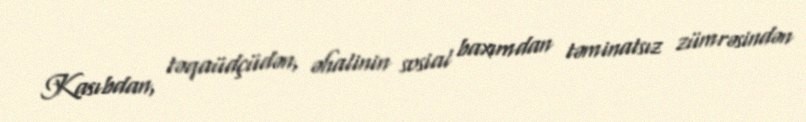
Kasıbdan, təqaüdçüdən, əhalinin sosial baxımdan təminatsız zümrəsindən